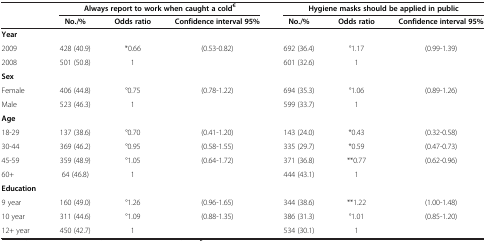
|  | <COLSPAN=3> Always report to work when caught a cold€ | <COLSPAN=3> Hygiene masks should be applied in public |
 |  | No./% | Odds ratio | Confidence interval 95% | No./% | Odds ratio | Confidence interval 95% |
 | --- | --- | --- | --- | --- | --- | --- |
 | Year |  |  |  |  |  |  |
 | 2009 | 428 (40.9) | *0.66 | (0.53-0.82) | 692 (36.4) | °1.17 | (0.99-1.39) |
 | 2008 | 501 (50.8) | 1 |  | 601 (32.6) | 1 |  |
 | Sex |  |  |  |  |  |  |
 | Female | 406 (44.8) | °0.75 | (0.78-1.22) | 694 (35.3) | °1.06 | (0.89-1.26) |
 | Male | 523 (46.3) | 1 |  | 599 (33.7) | 1 |  |
 | Age |  |  |  |  |  |  |
 | 18-29 | 137 (38.6) | °0.70 | (0.41-1.20) | 143 (24.0) | *0.43 | (0.32-0.58) |
 | 30-44 | 369 (46.2) | °0.95 | (0.58-1.55) | 335 (29.7) | *0.59 | (0.47-0.73) |
 | 45-59 | 359 (48.9) | °1.05 | (0.64-1.72) | 371 (36.8) | **0.77 | (0.62-0.96) |
 | 60+ | 64 (46.8) | 1 |  | 444 (43.1) | 1 |  |
 | Education |  |  |  |  |  |  |
 | 9 year | 160 (49.0) | °1.26 | (0.96-1.65) | 344 (38.6) | **1.22 | (1.00-1.48) |
 | 10 year | 311 (44.6) | °1.09 | (0.88-1.35) | 386 (31.3) | °1.01 | (0.85-1.20) |
 | 12+ year | 450 (42.7) | 1 |  | 534 (30.1) | 1 |  |